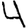
Digit: 4